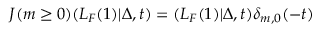
J ( m \ge 0 ) ( L _ { F } ( 1 ) | \Delta , t ) = ( L _ { F } ( 1 ) | \Delta , t ) \delta _ { m , 0 } ( - t )